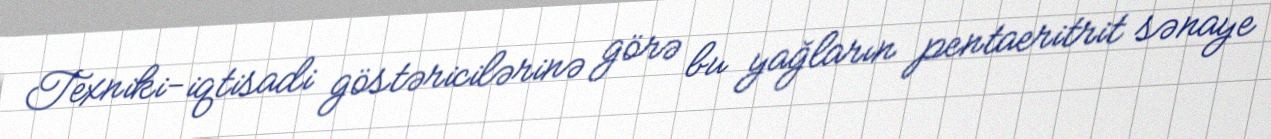
Texniki-iqtisadi göstəricilərinə görə bu yağların pentaeritrit sənaye